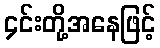
၄င်းတို့အနေဖြင့်